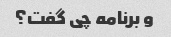
و برنامه چی گفت؟